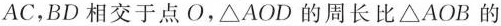
AC，BD相交于点O，\triangle AOD的周长比\triangle AOB的